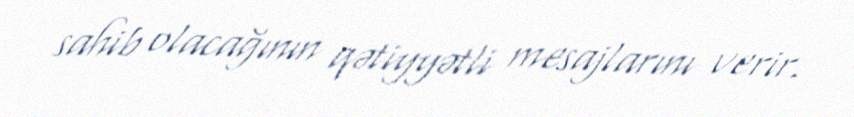
sahib olacağının qətiyyətli mesajlarını verir.